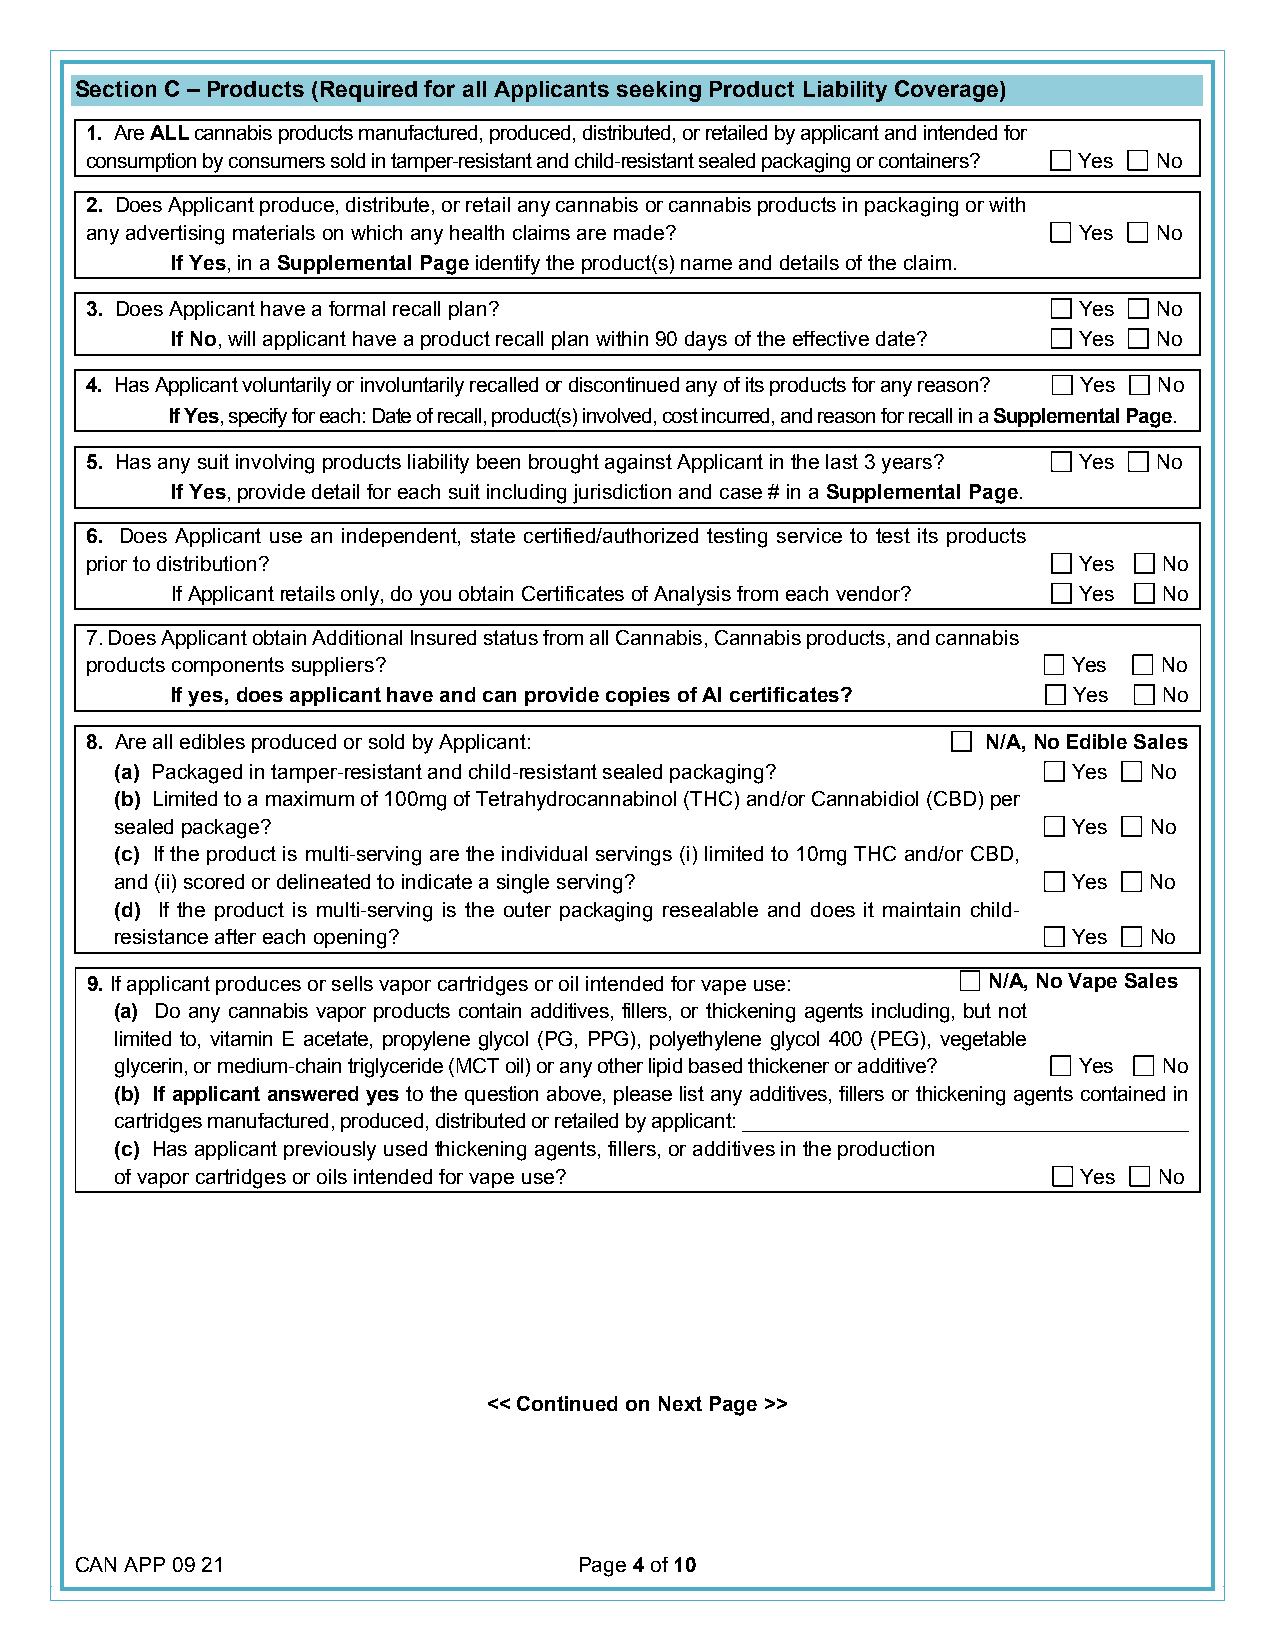
Section C – Products (Required for all Applicants seeking Product Liability Coverage)
 1. Are ALL cannabis products manufactured, produced, distributed, or retailed by applicant and intended for
 consumption by consumers sold in tamper-resistant and child-resistant sealed packaging or containers? Yes No
 2. Does Applicant produce, distribute, or retail any cannabis or cannabis products in packaging or with
 any advertising materials on which any health claims are made?   Yes   No
 If Yes, in a Supplemental Page identify the product(s) name and details of the claim.
 3. Does Applicant have a formal recall plan?                     Yes   No
 If No, will applicant have a product recall plan within 90 days of the effective date? Yes No
 4. Has Applicant voluntarily or involuntarily recalled or discontinued any of its products for any reason? Yes No
 If Yes, specify for each: Date of recall, product(s) involved, cost incurred, and reason for recall in a Supplemental Page.
 5. Has any suit involving products liability been brought against Applicant in the last 3 years? Yes No
 If Yes, provide detail for each suit including jurisdiction and case # in a Supplemental Page.
 6. Does Applicant use an independent, state certified/authorized testing service to test its products
 prior to distribution?                                           Yes   No
 If Applicant retails only, do you obtain Certificates of Analysis from each vendor? Yes No
 7. Does Applicant obtain Additional Insured status from all Cannabis, Cannabis products, and cannabis
 products components suppliers?                                   Yes   No
 If yes, does applicant have and can provide copies of AI certificates? Yes No
 8. Are all edibles produced or sold by Applicant:          N/A, No Edible Sales
 (a) Packaged in tamper-resistant and child-resistant sealed packaging? Yes No
 (b) Limited to a maximum of 100mg of Tetrahydrocannabinol (THC) and/or Cannabidiol (CBD) per
 sealed package?                                                Yes  No
 (c) If the product is multi-serving are the individual servings (i) limited to 10mg THC and/or CBD,
 and (ii) scored or delineated to indicate a single serving?    Yes  No
 (d) If the product is multi-serving is the outer packaging resealable and does it maintain child-
 resistance after each opening?                                 Yes  No
 9. If applicant produces or sells vapor cartridges or oil intended for vape use: N/A, No Vape Sales
 (a) Do any cannabis vapor products contain additives, fillers, or thickening agents including, but not
 limited to, vitamin E acetate, propylene glycol (PG, PPG), polyethylene glycol 400 (PEG), vegetable
 glycerin, or medium-chain triglyceride (MCT oil) or any other lipid based thickener or additive? Yes No
 (b) If applicant answered yes to the question above, please list any additives, fillers or thickening agents contained in
 cartridges manufactured, produced, distributed or retailed by applicant: ________________________________________
 (c) Has applicant previously used thickening agents, fillers, or additives in the production
 of vapor cartridges or oils intended for vape use?              Yes  No
 << Continued on Next Page >>
 CAN APP 09 21                    Page 4 of 10